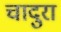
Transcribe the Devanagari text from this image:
चादुरा